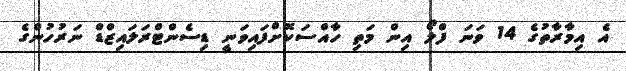
އެ އިމާރާތުގެ 14 ވަނަ ފްލޯ އިން މަތި ހާއްސަކޮށްފައިވަނީ ޑިސެންޓްރަލައިޒްޑް ނަރުހުންގެ